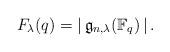
LaTeX: \begin{align*}F_\lambda(q) = \left|\,\mathfrak{g}_{n,\lambda}(\mathbb{F}_q)\,\right|.\end{align*}